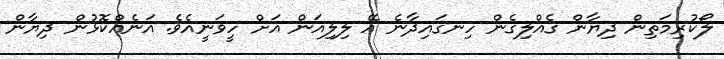
ލޯކުރިމަތިން ދިޔާން ގެއްލިގެން ހިނގައިދާނެ އޭ ލިލިއަން އަށް ހީވަނީއެވެ. އަނެއްކޮޅުން ދިޔާން